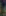
و